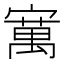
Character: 𫴆